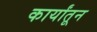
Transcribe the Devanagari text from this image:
कार्यांतून